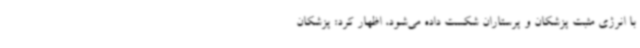
با انرژی مثبت پزشکان و پرستاران شکست داده می‌شود، اظهار کرد: پزشکان